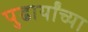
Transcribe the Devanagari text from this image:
पुढार्यांच्या